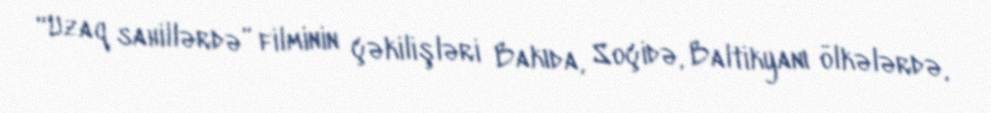
“Uzaq sahillərdə” filminin çəkilişləri Bakıda, Soçidə, Baltikyanı ölkələrdə,